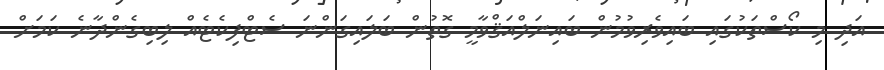
އަދި މި ކޯސްތަކުގައި ބައިވެރިވުމުން ބައިނަލްއަޤްވާމީ ގޮތުން ބަލައިގަންނަ ސެޓްފިކެޓެއް ލިބިގެންދާނެ ކަމަށް